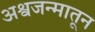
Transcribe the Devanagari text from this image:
अश्वजन्मातून